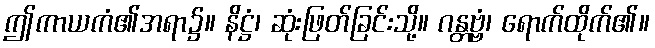
ဤကာယကံ၏အရာ၌။ နိဋ္ဌံ၊ ဆုံးဖြတ်ခြင်းသို့။ ဂန္တဗ္ဗံ၊ ရောက်ထိုက်၏။